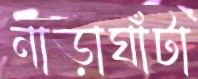
নাড়াঘাঁটা